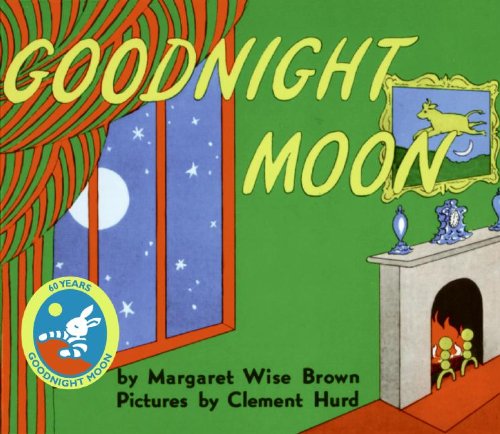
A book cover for Goodnight Moon; Margaret Wise Brown; Children's Books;